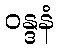
ဝန္ဒနံ